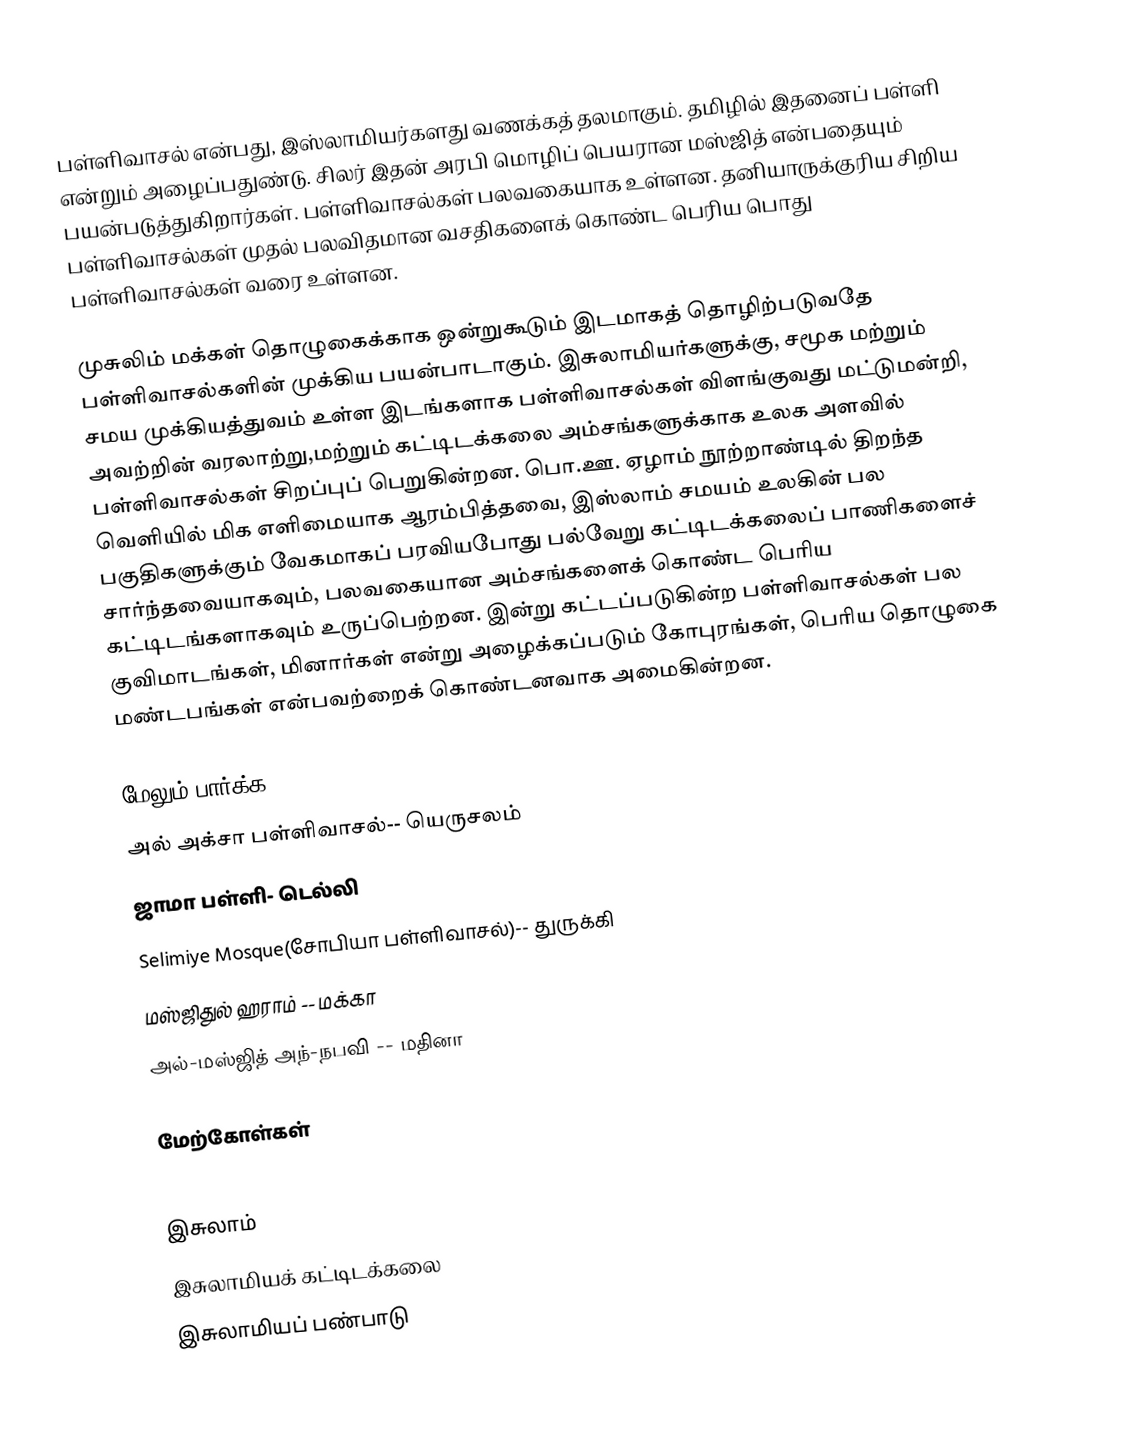
பள்ளிவாசல் என்பது, இஸ்லாமியர்களது வணக்கத் தலமாகும். தமிழில் இதனைப் பள்ளி என்றும் அழைப்பதுண்டு. சிலர் இதன் அரபி மொழிப் பெயரான மஸ்ஜித் என்பதையும் பயன்படுத்துகிறார்கள். பள்ளிவாசல்கள் பலவகையாக உள்ளன. தனியாருக்குரிய சிறிய பள்ளிவாசல்கள் முதல் பலவிதமான வசதிகளைக் கொண்ட பெரிய பொது பள்ளிவாசல்கள் வரை உள்ளன.

முசுலிம் மக்கள் தொழுகைக்காக ஒன்றுகூடும் இடமாகத் தொழிற்படுவதே பள்ளிவாசல்களின் முக்கிய பயன்பாடாகும். இசுலாமியர்களுக்கு, சமூக மற்றும் சமய முக்கியத்துவம் உள்ள இடங்களாக பள்ளிவாசல்கள் விளங்குவது மட்டுமன்றி, அவற்றின் வரலாற்று,மற்றும் கட்டிடக்கலை அம்சங்களுக்காக உலக அளவில் பள்ளிவாசல்கள் சிறப்புப் பெறுகின்றன. பொ.ஊ. ஏழாம் நூற்றாண்டில் திறந்த வெளியில் மிக எளிமையாக ஆரம்பித்தவை, இஸ்லாம் சமயம் உலகின் பல பகுதிகளுக்கும் வேகமாகப் பரவியபோது பல்வேறு கட்டிடக்கலைப் பாணிகளைச் சார்ந்தவையாகவும், பலவகையான அம்சங்களைக் கொண்ட பெரிய கட்டிடங்களாகவும் உருப்பெற்றன. இன்று கட்டப்படுகின்ற பள்ளிவாசல்கள் பல குவிமாடங்கள், மினார்கள் என்று அழைக்கப்படும் கோபுரங்கள், பெரிய தொழுகை மண்டபங்கள் என்பவற்றைக் கொண்டனவாக அமைகின்றன.

மேலும் பார்க்க
 அல் அக்சா பள்ளிவாசல்-- யெருசலம்
 ஜாமா பள்ளி- டெல்லி
 Selimiye Mosque(சோபியா பள்ளிவாசல்)-- துருக்கி
 மஸ்ஜிதுல் ஹராம் -- மக்கா
 அல்-மஸ்ஜித் அந்-நபவி -- மதினா

மேற்கோள்கள்

இசுலாம்
இசுலாமியக் கட்டிடக்கலை
இசுலாமியப் பண்பாடு